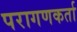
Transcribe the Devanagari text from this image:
परागणकर्ता